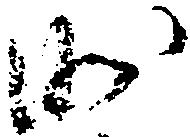
沙